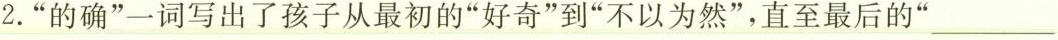
2.”的确”一词写出了孩子从最初的”好奇”到”不以为然”，直至最后的”___